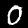
Label: 0